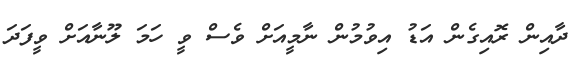
ދާއިން ރޮއިގެން އަޑު އިވުމުން ނާމީއަށް ވެސް ވީ ހަމަ ލޫނާއަށް ވީފަދަ